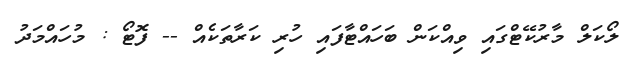
ލޯކަލް މާރުކޭޓްގައި ވިއްކަން ބަހައްޓާފައި ހުރި ކަރާތަކެއް -- ފޮޓޯ : މުހައްމަދު